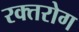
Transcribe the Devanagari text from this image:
रक्तरोग